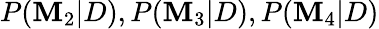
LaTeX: P(\mathbf{M}_{2}|D),P(\mathbf{M}_{3}|D),P(\mathbf{M}_{4}|D)